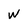
Character: w